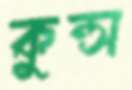
কুন্স